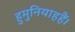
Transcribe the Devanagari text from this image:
हुमुनियाहहैं।